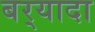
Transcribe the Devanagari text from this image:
बर्‍यादा